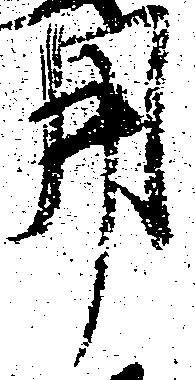
用